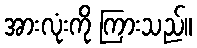
အားလုံးကို ကြားသည်။